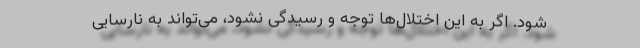
شود. اگر به این اختلال‌ها توجه و رسیدگی نشود، می‌تواند به نارسایی